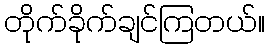
တိုက်ခိုက်ချင်ကြတယ်။